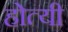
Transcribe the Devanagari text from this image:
होत्यी